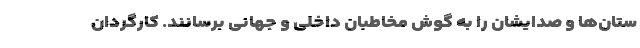
ستان‌ها و صدایشان را به گوش مخاطبان داخلی و جهانی برسانند. کارگردان